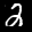
Label: 2